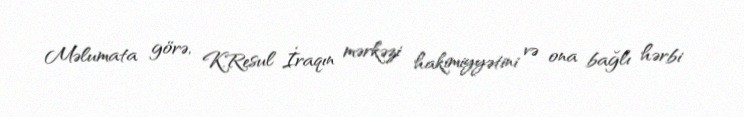
Məlumata görə, K.Resul İraqın mərkəzi hakimiyyətini və ona bağlı hərbi